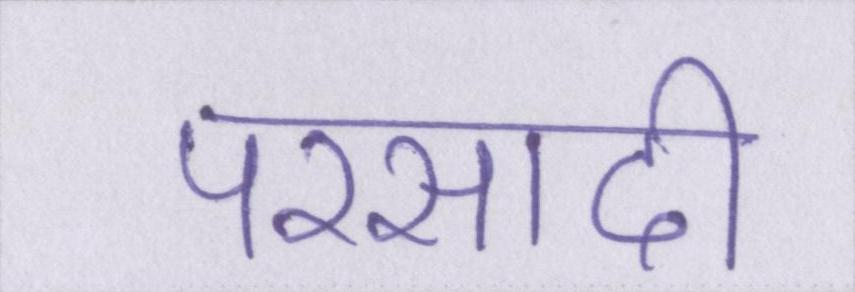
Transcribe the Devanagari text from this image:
परसादी